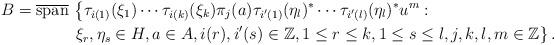
LaTeX: \begin{align*} B = \overline{\operatorname{span}} &\, \left\{ \tau_{i(1)}(\xi_1) \cdots \tau_{i(k)}(\xi_k) \pi_j(a) \tau_{i'(1)}(\eta_l)^* \cdots \tau_{i'(l)}(\eta_l)^* u^m : \right. \\ &\, \left. \xi_r, \eta_s \in H, a \in A, i(r), i'(s) \in \mathbb{Z}, 1 \leq r \leq k, 1 \leq s \leq l, j, k, l, m \in \mathbb{Z} \right\}.\end{align*}